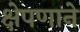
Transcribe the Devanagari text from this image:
क्षेपणाने